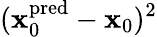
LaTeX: (\mathbf{x}_{0}^{\mathrm{pred}}-\mathbf{x}_{0})^{2}